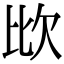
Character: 𣢋